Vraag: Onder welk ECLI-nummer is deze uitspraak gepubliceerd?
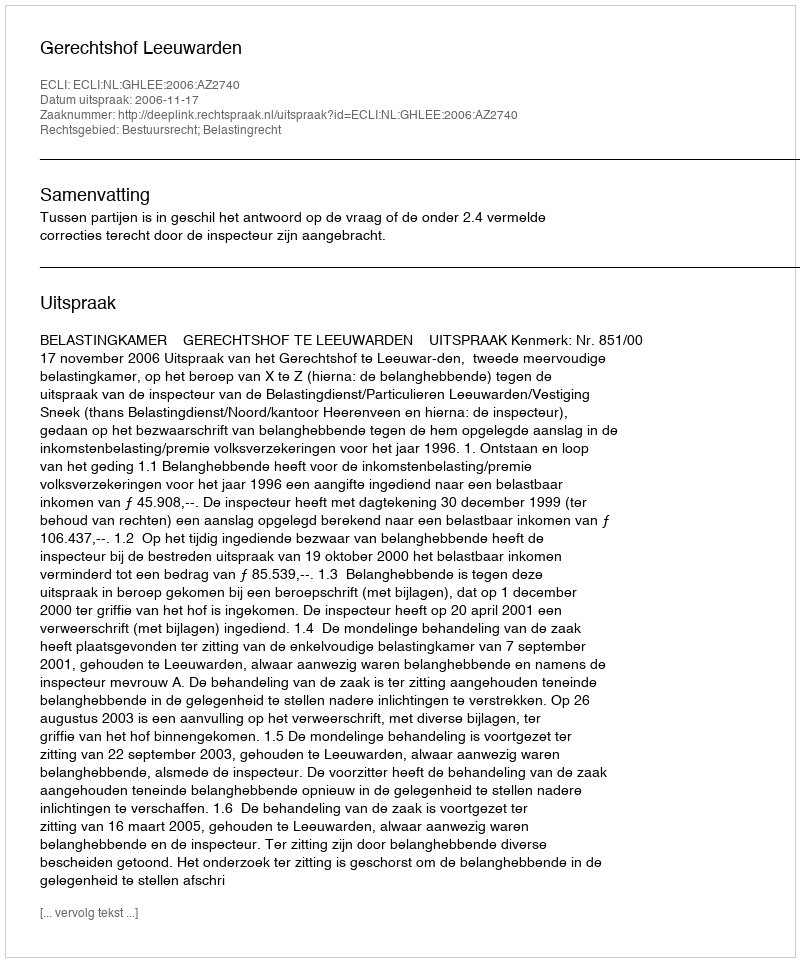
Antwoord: ECLI:NL:GHLEE:2006:AZ2740